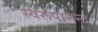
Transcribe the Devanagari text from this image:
स्वरूपानन्द